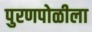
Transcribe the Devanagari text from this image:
पुरणपोळीला